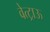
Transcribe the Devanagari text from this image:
वेत्ट्राऊ